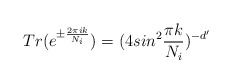
\begin{align*}Tr(e^{\pm {2 \pi i k \over N_i}}) = (4 sin^2 {\pi k \over N_i})^{-d^\prime}\end{align*}